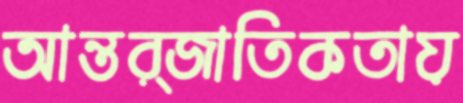
আন্তর্জাতিকতায়